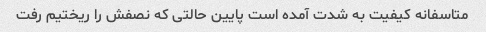
متاسفانه کیفیت به شدت آمده است پایین حالتی که نصفش را ریختیم رفت